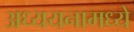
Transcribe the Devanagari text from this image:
अध्ययनामध्ये